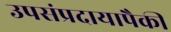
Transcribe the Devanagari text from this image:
उपसंप्रदायापैकी